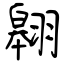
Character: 翱